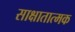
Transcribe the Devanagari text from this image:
साक्षातात्मक